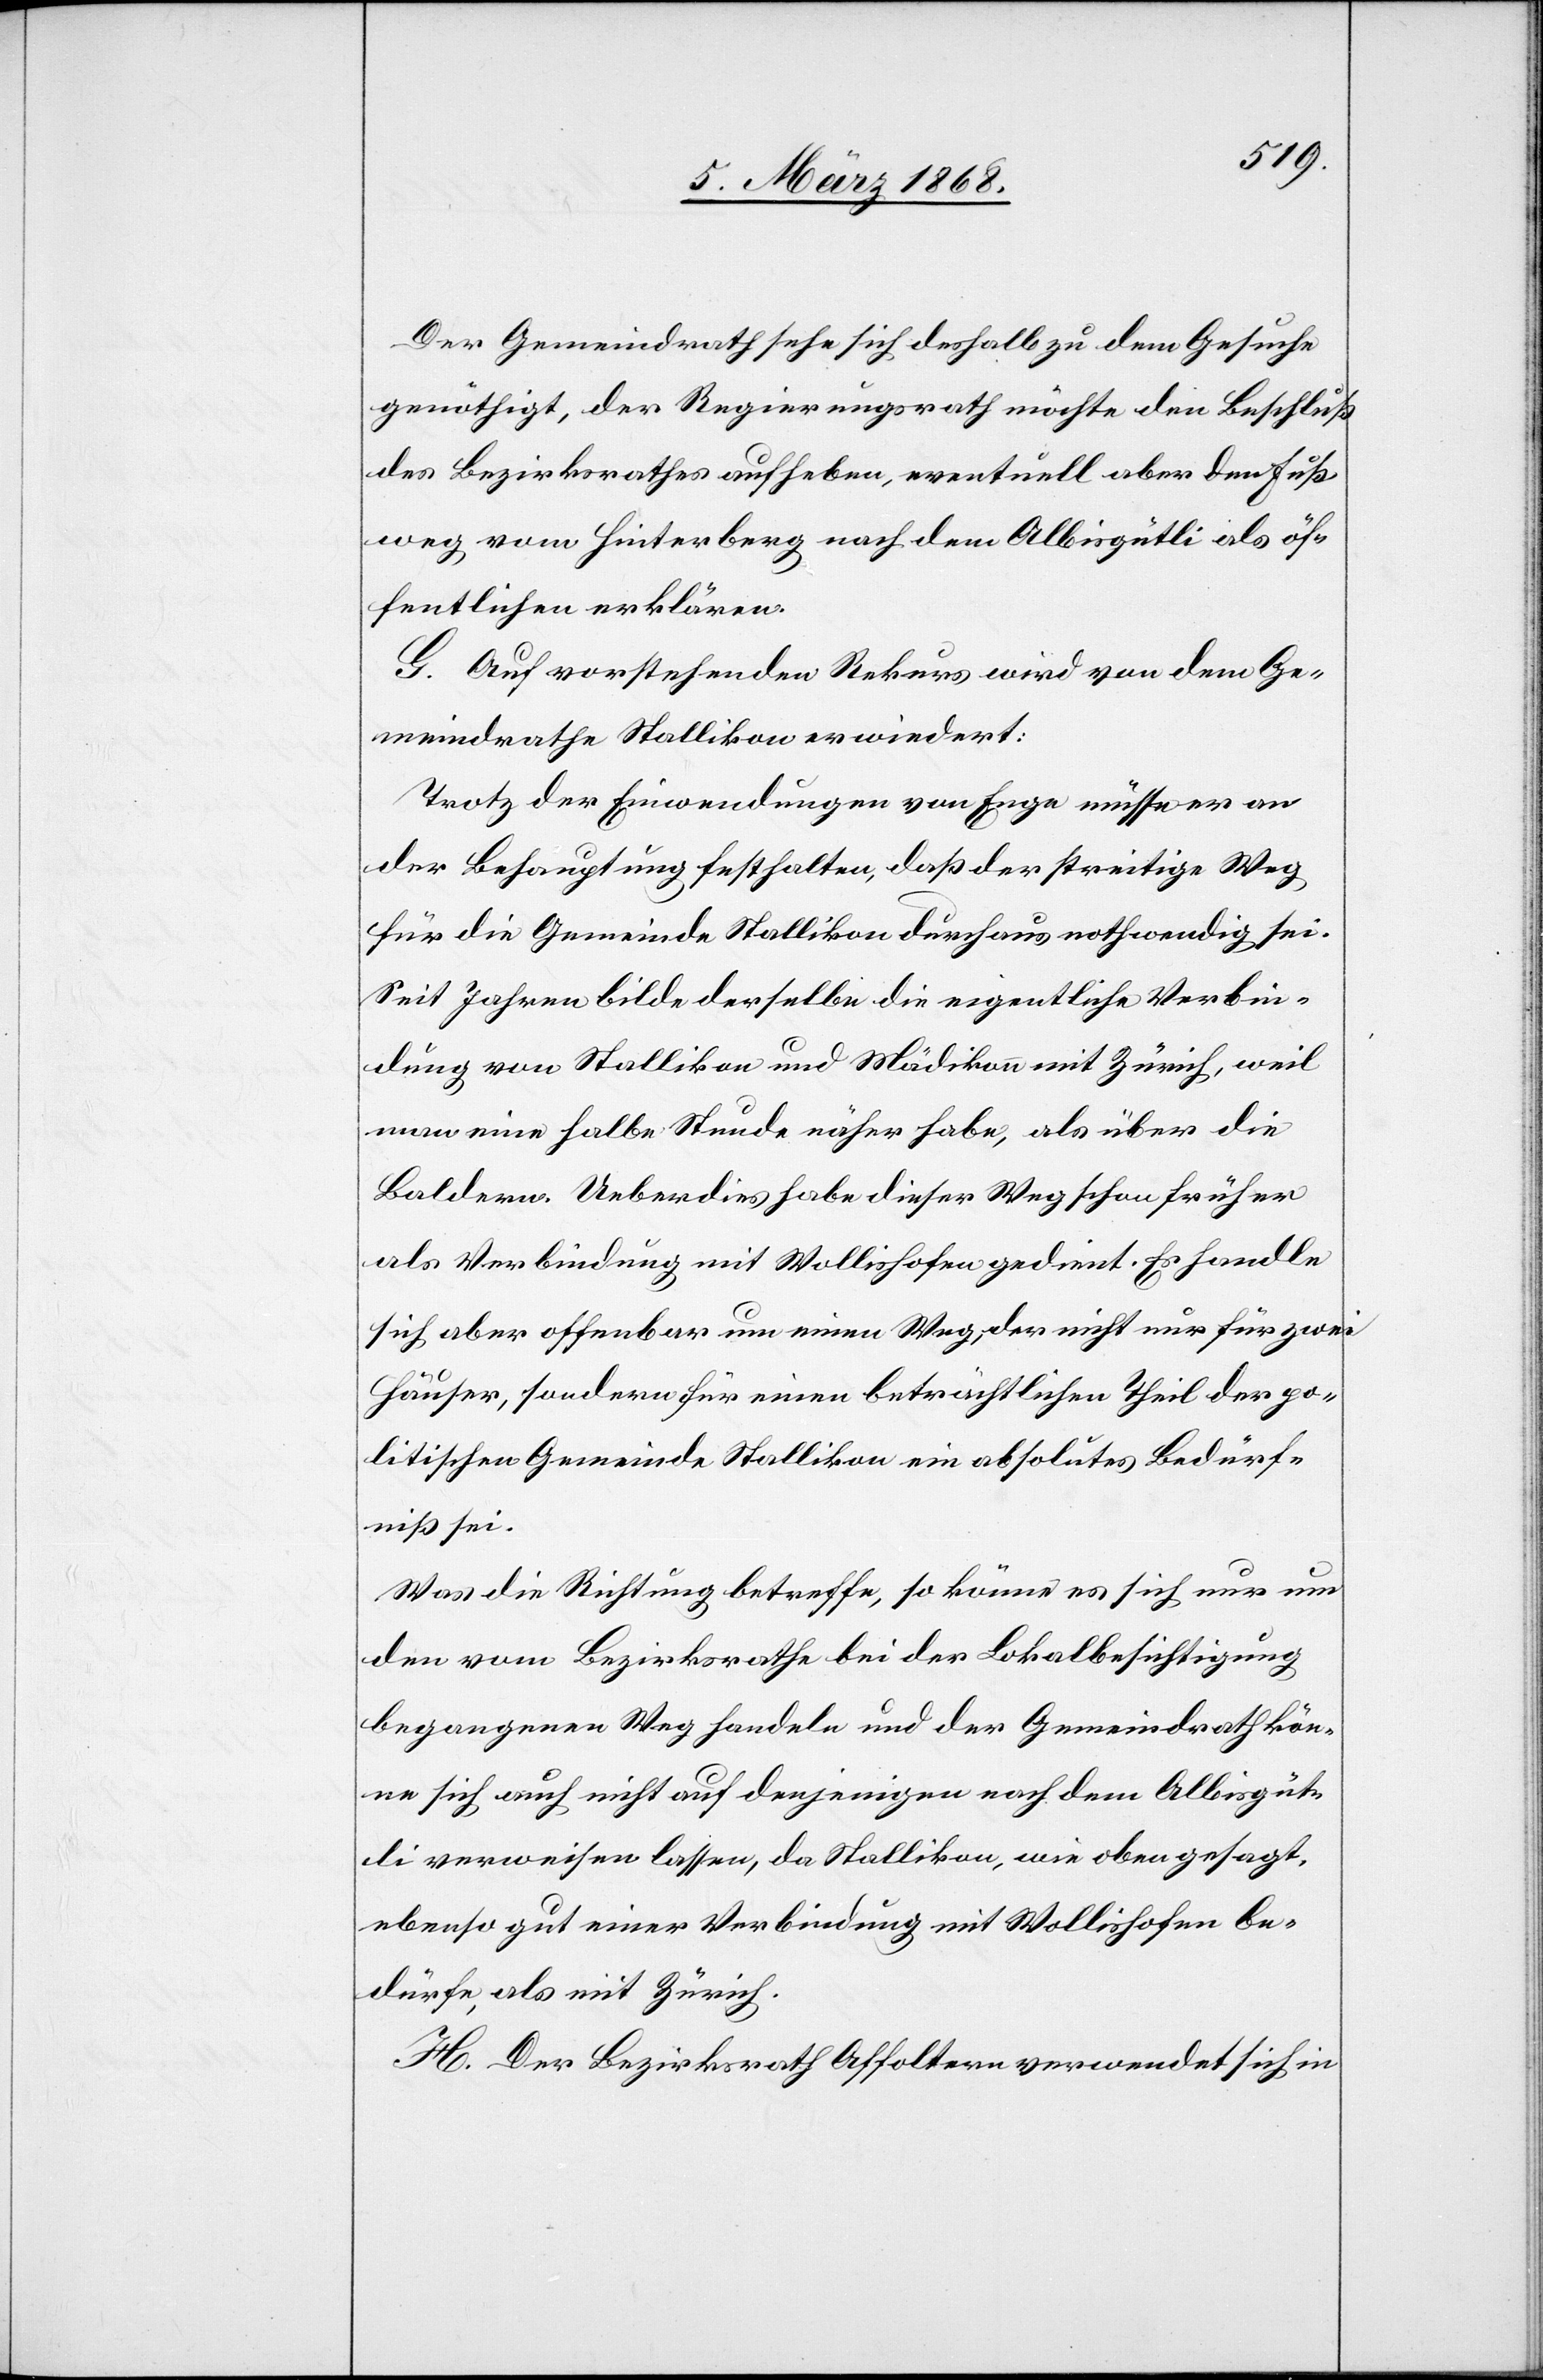
Der Gemeindrath sehe sich deshalb zu dem Gesuche
genöthigt, der Regierungsrath möchte den Beschluß
des Bezirksrathes aufheben, eventuell aber den Fuß¬
weg vom Hinterberg nach dem Albisgütli als öf¬
fentlichen erklären.
G. Auf vorstehenden Rekurs wird von dem Ge¬
meindrathe Stallikon erwiedert:
Trotz der Einwendungen von Enge müsse er an
der Behauptung festhalten, daß der streitige Weg
für die Gemeinde Stallikon durchaus nothwendig sei.
Seit Jahren bilde derselbe die eigentliche Verbin¬
dung von Stallikon und Mädikon mit Zürich, weil
man eine halbe Stunde näher habe, als über die
Baldern. Ueberdies habe dieser Weg schon früher
als Verbindung mit Wollishofen gedient. Es handle
sich aber offenbar um einen Weg, der nicht nur für zwei
Häuser, sondern für einen beträchtlichen Theil der po¬
litischen Gemeinde Stallikon ein absolutes Bedürf¬
niß sei.
Was die Richtung betreffe, so könne es sich nur um
den vom Bezirksrathe bei der Lokalbesichtigung
begangenen Weg handeln und der Gemeindrath kön¬
ne sich auch nicht auf denjenigen nach dem Albisgüt¬
li verweisen lassen, da Stallikon, wie oben gesagt,
ebenso gut einer Verbindung mit Wollishofen be¬
dürfe, als mit Zürich.
H. Der Bezirksrath Affoltern verwendet sich in